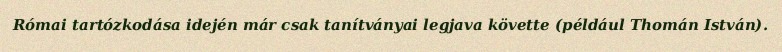
Római tartózkodása idején már csak tanítványai legjava követte (például Thomán István).